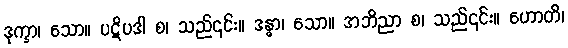
ဒုက္ခာ၊ သော။ ပဋိပဒါ စ၊ သည်၎င်း။ ဒန္ဓာ၊ သော။ အဘိညာ စ၊ သည်၎င်း။ ဟောတိ၊